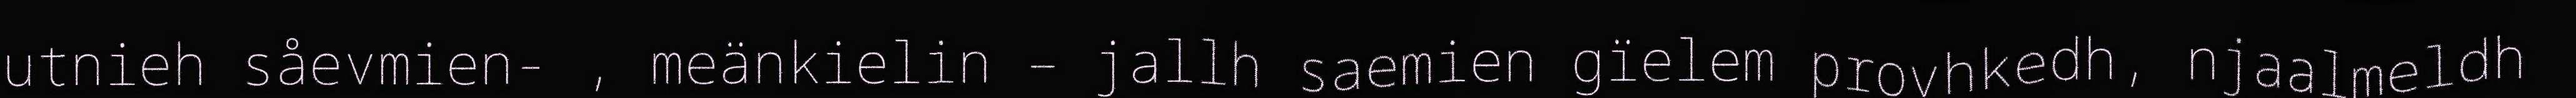
utnieh såevmien- , meänkielin – jallh saemien gïelem provhkedh, njaalmeldh